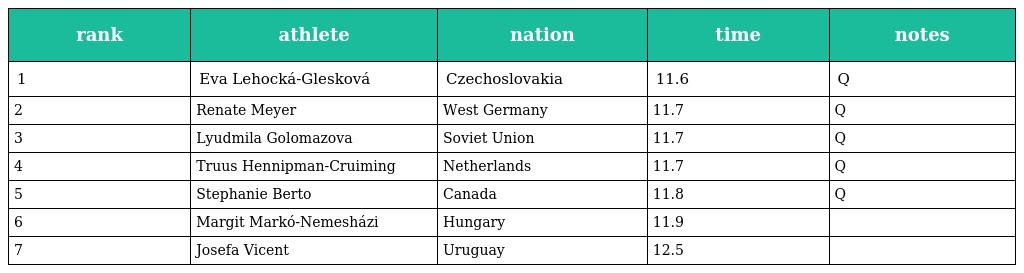
| rank | athlete | nation | time | notes |
 | --- | --- | --- | --- | --- |
 | 1 | Eva Lehocká-Glesková | Czechoslovakia | 11.6 | Q |
 | 2 | Renate Meyer | West Germany | 11.7 | Q |
 | 3 | Lyudmila Golomazova | Soviet Union | 11.7 | Q |
 | 4 | Truus Hennipman-Cruiming | Netherlands | 11.7 | Q |
 | 5 | Stephanie Berto | Canada | 11.8 | Q |
 | 6 | Margit Markó-Nemesházi | Hungary | 11.9 |  |
 | 7 | Josefa Vicent | Uruguay | 12.5 |  |